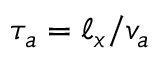
\tau _ { a } = \ell _ { x } / v _ { a }